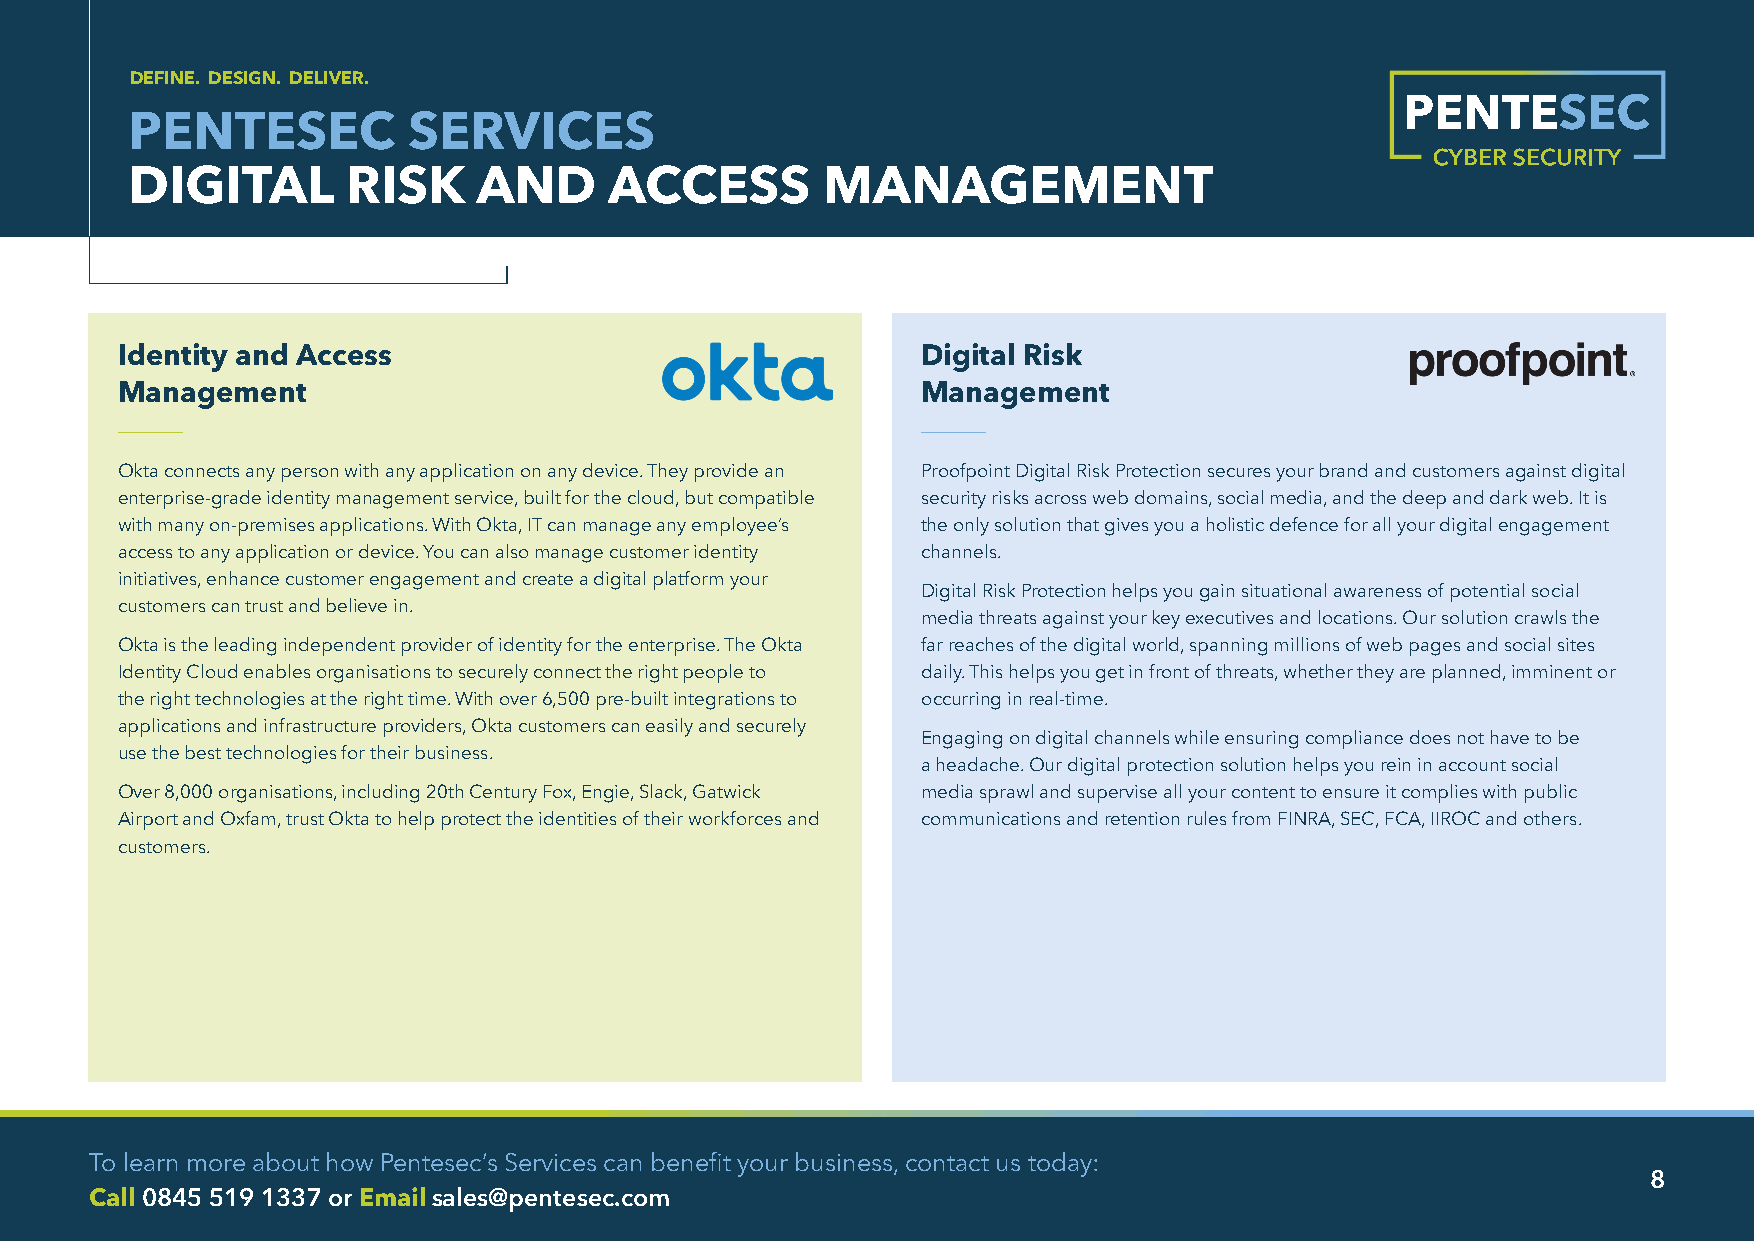
DEFINE. DESIGN. DELIVER.
 PENTESEC          SERVICES
 DIGITAL       RISK     AND     ACCESS         MANAGEMENT
 Identity and Access                                  Digital Risk
 Management                                           Management
 Okta connects any person with any application on any device. They provide an Proofpoint Digital Risk Protection secures your brand and customers against digital
 enterprise-grade identity management service, built for the cloud, but compatible security risks across web domains, social media, and the deep and dark web. It is
 with many on-premises applications. With Okta, IT can manage any employee’s the only solution that gives you a holistic defence for all your digital engagement
 access to any application or device. You can also manage customer identity channels.
 initiatives, enhance customer engagement and create a digital platform your
 Digital Risk Protection helps you gain situational awareness of potential social
 customers can trust and believe in.
 media threats against your key executives and locations. Our solution crawls the
 Okta is the leading independent provider of identity for the enterprise. The Okta far reaches of the digital world, spanning millions of web pages and social sites
 Identity Cloud enables organisations to securely connect the right people to daily. This helps you get in front of threats, whether they are planned, imminent or
 the right technologies at the right time. With over 6,500 pre-built integrations to occurring in real-time.
 applications and infrastructure providers, Okta customers can easily and securely
 Engaging on digital channels while ensuring compliance does not have to be
 use the best technologies for their business.
 a headache. Our digital protection solution helps you rein in account social
 Over 8,000 organisations, including 20th Century Fox, Engie, Slack, Gatwick media sprawl and supervise all your content to ensure it complies with public
 Airport and Oxfam, trust Okta to help protect the identities of their workforces and communications and retention rules from FINRA, SEC, FCA, IIROC and others.
 customers.
 To learn more about how Pentesec’s Services can benefit your business, contact us today:
 8
 Call 0845 519 1337 or Email sales@pentesec.com